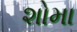
શોમા